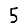
Digit: 5